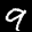
Label: 9